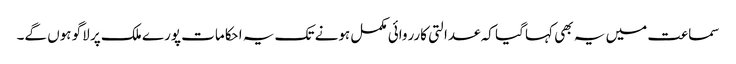
سماعت میں یہ بھی کہا گیا کہ عدالتی کارروائی مکمل ہونے تک یہ احکامات پورے ملک پر لاگو ہوں گے۔